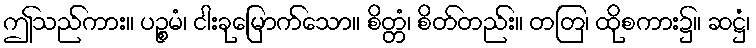
ဤသည်ကား။ ပဉ္စမံ၊ ငါးခုမြောက်သော။ စိတ္တံ၊ စိတ်တည်း။ တတြ၊ ထိုစကား၌။ ဆဋ္ဌံ၊